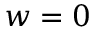
w = 0